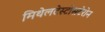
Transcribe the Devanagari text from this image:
मिथेलटेस्टोसटेरोन